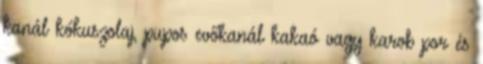
kanál kókuszolaj, pupos evőkanál kakaó vagy karob por és